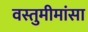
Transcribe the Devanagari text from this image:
वस्तुमीमांसा